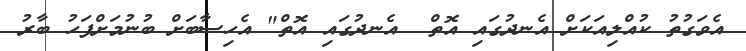
އެވަގުތު ކުއްލިއަކަށް އެނދުގައި އޮތް  އެނދުގައި އޮތް" އެހިސާބަށް ބުނުމަށްފަހު ބާރު